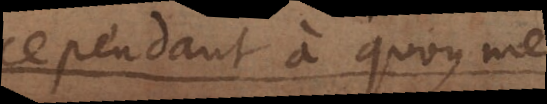
cependant à quoy me